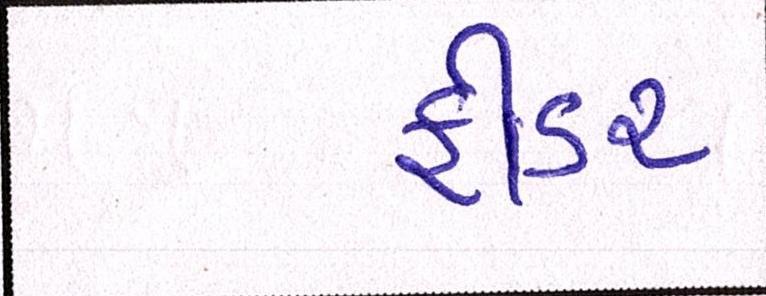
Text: ફીડર